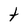
Character: t